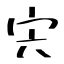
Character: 宍